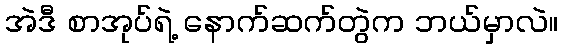
အဲဒီ စာအုပ်ရဲ့ နောက်ဆက်တွဲက ဘယ်မှာလဲ။